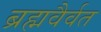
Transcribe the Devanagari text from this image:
ब्रह्मवैर्वत